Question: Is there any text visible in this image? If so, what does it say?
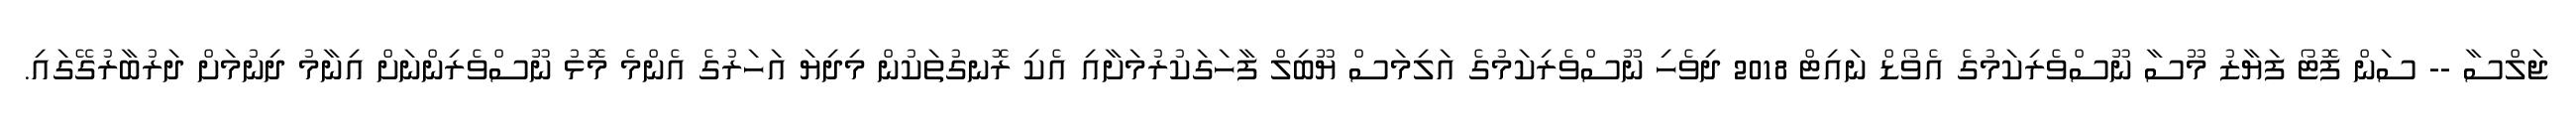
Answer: ޖަލްސާ -- ސަން ފޮޓޯ ފަޔާޒު މޫސާ ނޫސްވެރިކަމުގެ އެވޯޑް ނައިޓް 2018 ދިވެހި ނޫސްވެރިކަމުގެ އަލިމަސް ޔޫބިލް ފާހަގަކުރުމަށާއި އެކި ރޮނގުތަކުން މިދިޔަ އަހަރުގެ އެންމެ މޮޅު ނޫސްވެރިންނަށް އިނާމު ދިނުމަށް ދަރުބާރުގޭގައި.